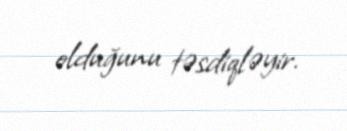
olduğunu təsdiqləyir.